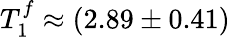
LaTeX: T_{1}^{f}\approx(2.89\pm 0.41)